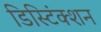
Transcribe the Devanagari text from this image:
डिस्टिंंक्शन